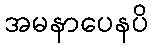
အမနာပေနပိ